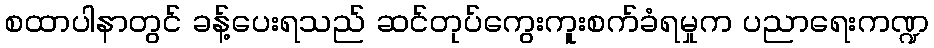
စထာပါနာတွင် ခန့်ပေးရသည် ဆင်တုပ်ကွေးကူးစက်ခံရမှုက ပညာရေးကဏ္ဍ